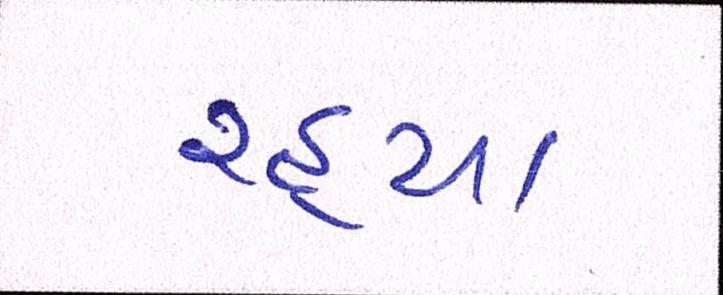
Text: રહ્યા